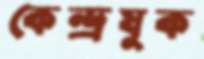
কেন্দ্রযুক